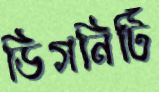
ডিগনিটি